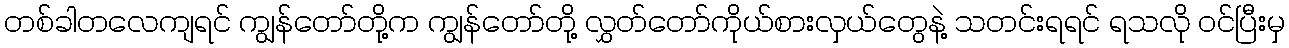
တစ်ခါတလေကျရင် ကျွန်တော်တို့က ကျွန်တော်တို့ လွှတ်တော်ကိုယ်စားလှယ်တွေနဲ့ သတင်းရရင် ရသလို ဝင်ပြီးမှ